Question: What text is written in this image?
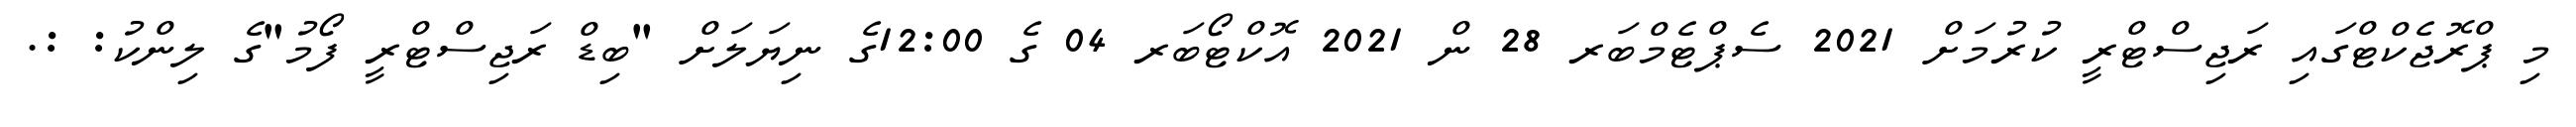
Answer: މި ޕްރޮޖެކްޓްގައި ރަޖިސްޓްރީ ކުރުމަށް 2021 ސެޕްޓެމްބަރ 28 ން 2021 އޮކްޓޯބަރ 04 ގެ 12:00ގެ ނިޔަލަށް "ބިޑް ރަޖިސްޓްރީ ފޯމު"ގެ ލިންކު: :.